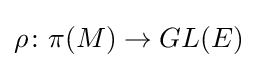
\rho \colon \pi (M)\rightarrow \mathop {GL} (E)